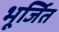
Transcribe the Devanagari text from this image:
भूर्जित